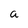
Character: a